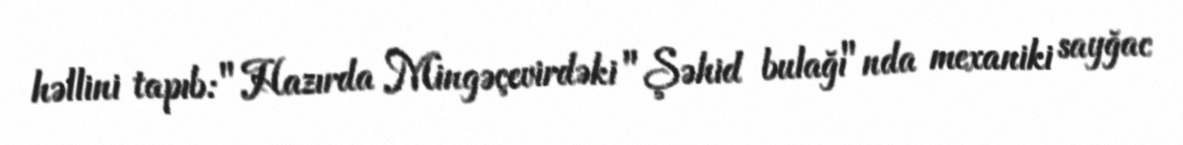
həllini tapıb: "Hazırda Mingəçevirdəki "Şəhid bulağı"nda mexaniki sayğac